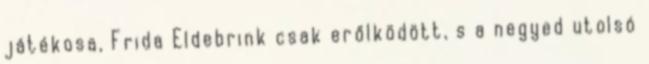
játékosa, Frida Eldebrink csak erőlködött, s a negyed utolsó